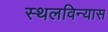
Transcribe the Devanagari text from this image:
स्थलविन्यास